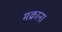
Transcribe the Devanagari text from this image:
मक्राना